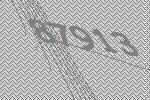
87913